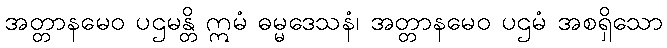
အတ္တာနမေဝ ပဌမန္တိ ဣမံ ဓမ္မဒေသနံ၊ အတ္တာနမေဝ ပဌမံ အစရှိသော